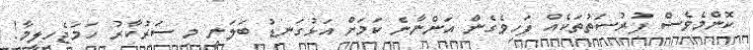
ކޮންމެވެސް ފުރުސަތުތަކެއް ފަހިވެގެން އަންނާނެ ކަމަށް އަޅުގަނޑު ބަލަނީ މި ސަރުކާރު ހަމަޖެހިލީމާ!